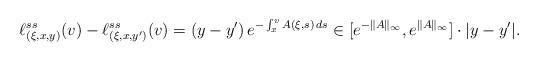
LaTeX: \begin{align*}\ell ^{ss} _{(\xi, x, y)} (v) - \ell ^{ss} _{(\xi, x, y')} (v) = ( y - y ' ) \, e ^{ - \int _x ^v A (\xi, s) \, d s } \in [ e ^{- \|A \| _\infty}, e ^{\| A \| _\infty} ] \cdot | y - y' | .\end{align*}